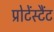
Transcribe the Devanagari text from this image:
प्रोटेंस्टैंट